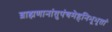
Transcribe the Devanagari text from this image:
ब्राह्मणानांतुपंचमेहनिभूभृतां